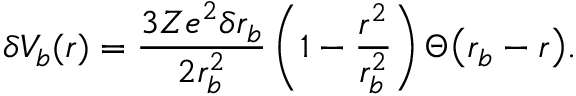
\delta V _ { b } ( r ) = \frac { 3 Z e ^ { 2 } \delta r _ { b } } { 2 r _ { b } ^ { 2 } } \, \bigg ( 1 - \frac { r ^ { 2 } } { r _ { b } ^ { 2 } } \bigg ) \, \Theta \big ( r _ { b } - r \big ) .